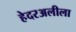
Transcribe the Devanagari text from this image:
हेदरअलीला